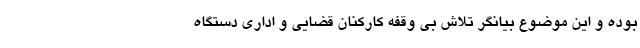
بوده و این موضوع بیانگر تلاش بی وقفه کارکنان قضایی و اداری دستگاه